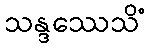
သန္ဒဿေသိံ